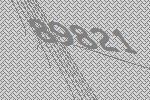
89821